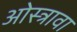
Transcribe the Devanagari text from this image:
ओस्त्रावा